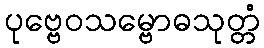
ပုဗ္ဗေဝသမ္ဗောဓသုတ္တံ